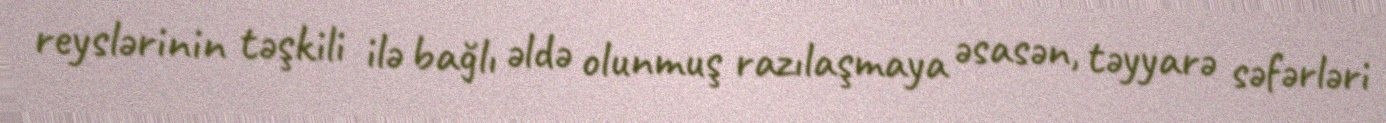
reyslərinin təşkili ilə bağlı əldə olunmuş razılaşmaya əsasən, təyyarə səfərləri